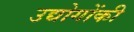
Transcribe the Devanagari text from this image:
उद्योगोंकी